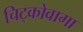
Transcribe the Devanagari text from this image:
चिट्कोवागा